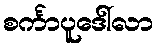
စင်္ကာပူဒေါ်လာ